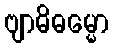
ဗျာဓိဓမ္မော